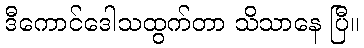
ဒီကောင်ဒေါသထွက်တာ သိသာနေ ပြီ။